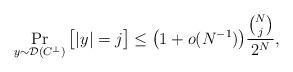
LaTeX: \begin{align*} \Pr_{y\sim\mathcal{D}(C^\perp)}\big[|y|=j\big]\leq \big( 1+o(N^{-1}) \big)\frac{\binom{N}{j}}{2^N},\end{align*}